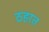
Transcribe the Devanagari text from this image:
ठहरत